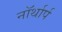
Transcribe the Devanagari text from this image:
नॉर्थार्प